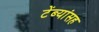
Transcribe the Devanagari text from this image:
टेंब्यांसह